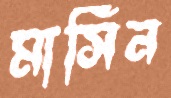
মার্সিন